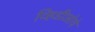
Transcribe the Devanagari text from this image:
व्हिडीओचे